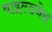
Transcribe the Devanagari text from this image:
वाइल्डनेस